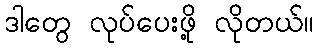
ဒါတွေ လုပ်ပေးဖို့ လိုတယ်။